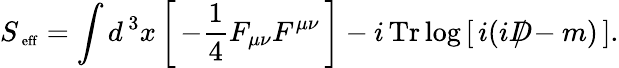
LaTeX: S_{\mathrm{\scriptsize~eff}}=\int d^{\, 3}x\left[\, -\frac{1}{4}F_{\mu\nu}F^{\mu\nu}\, \right]-i\, \mathrm{Tr}\log\left[\, i(iD\! \! \! \! /-m)\, \right].